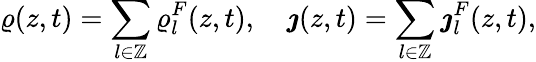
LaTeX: \varrho(z,t)=\sum_{l\in\mathbb{Z}}\varrho_{l}^{F}(z,t),\quad\boldsymbol{\jmath}(z,t)=\sum_{l\in\mathbb{Z}}\boldsymbol{\jmath}_{l}^{F}(z,t),